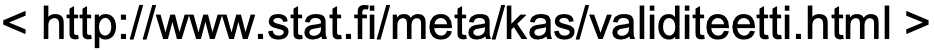
< http://www.stat.fi/meta/kas/validiteetti.html >